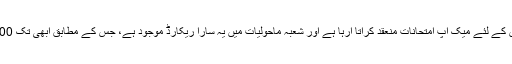
لیکن حقیقت یہ ہے کہ متعلقہ ڈیپارٹمنٹ وقتاً فوقتاً اپنے طالب علموں کے لئے میک اپ امتحانات منعقد کراتا آرہا ہے اور شعبہ ماحولیات میں یہ سارا ریکارڈ موجود ہے، جس کے مطابق ابھی تک 200 سے زائد طلباء کے لئے میک اپ امتحانات کا انتظام کیا گیا ہے۔